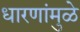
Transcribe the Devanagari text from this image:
धारणांमुळे